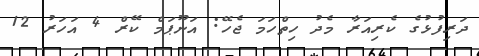
ދަރިފުޅުގެ ކެރިއަރާ މެދު ހިތްހަމަ ޖެހޭ: އަނޫޕަމް ކޭރް 4 އަހަރު 12